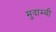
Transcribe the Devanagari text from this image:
मुदाम्बी